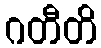
ဂတီတိ